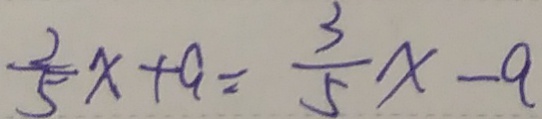
\frac { 2 } { 5 } x + a = \frac { 3 } { 5 } x - a